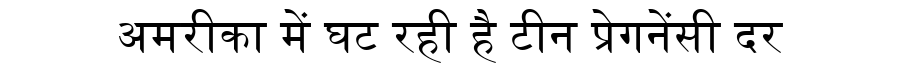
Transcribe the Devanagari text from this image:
अमरीका में घट रही है टीन प्रेगनेंसी दर